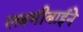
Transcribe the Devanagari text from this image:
लक्ष्मीबाईने